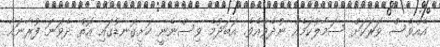
އެއްވެސް ވަރަކަށް ސަމާލުކަމެއް ނުދެވެއެވެ. އަބަދުމެ ވިސްނެނީ ހަށިގަނޑުގައި އޮތް ދެވަނަ ފުރާނައާ